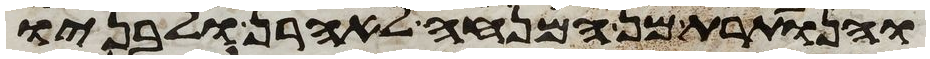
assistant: והנותרת מן המנחה לאהרן ולבניו